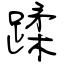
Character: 蹂